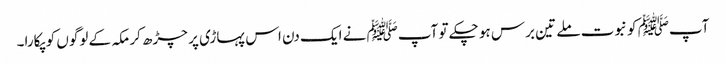
آپﷺ کو نبوت ملے تین برس ہو چکے تو آپﷺ نے ایک دن اس پہاڑی پر چڑھ کر مکہ کے لوگوں کو پکارا۔